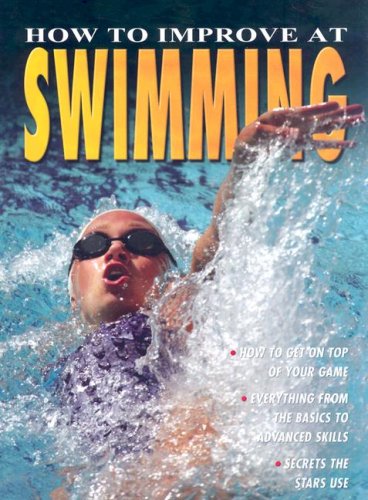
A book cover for How to Improve at Swimming; Paul Mason; Health, Fitness & Dieting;